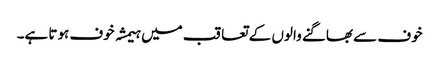
خوف سے بھاگنے والوں کے تعاقب میں ہیمشہ خوف ہوتا ہے۔